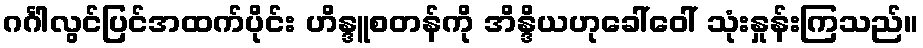
ဂင်္ဂါလွင်ပြင်အထက်ပိုင်း ဟိန္ဒူစတန်ကို အိန္ဒိယဟုခေါ်ဝေါ် သုံးနှုန်းကြသည်။